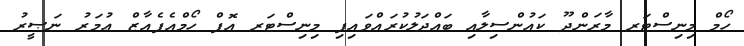
ހޯމް މިނިސްޓަރ މާރަންދޫ ކައުންސިލާއި ބައްދަލުކުރައްވައިފި މިިނިސްޓަރ އޮފް ހޯމްއެފެއާޒް ޢުމަރު ނަޞީރު